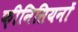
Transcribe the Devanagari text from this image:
फ़ीनिसियनों